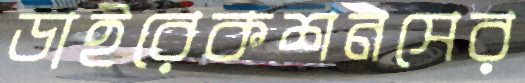
ডাইরেকশনসের